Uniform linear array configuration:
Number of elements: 16
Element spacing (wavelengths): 0.75
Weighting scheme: cosine
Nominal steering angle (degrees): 30
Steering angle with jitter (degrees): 31.74
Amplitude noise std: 0.05
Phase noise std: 0.05

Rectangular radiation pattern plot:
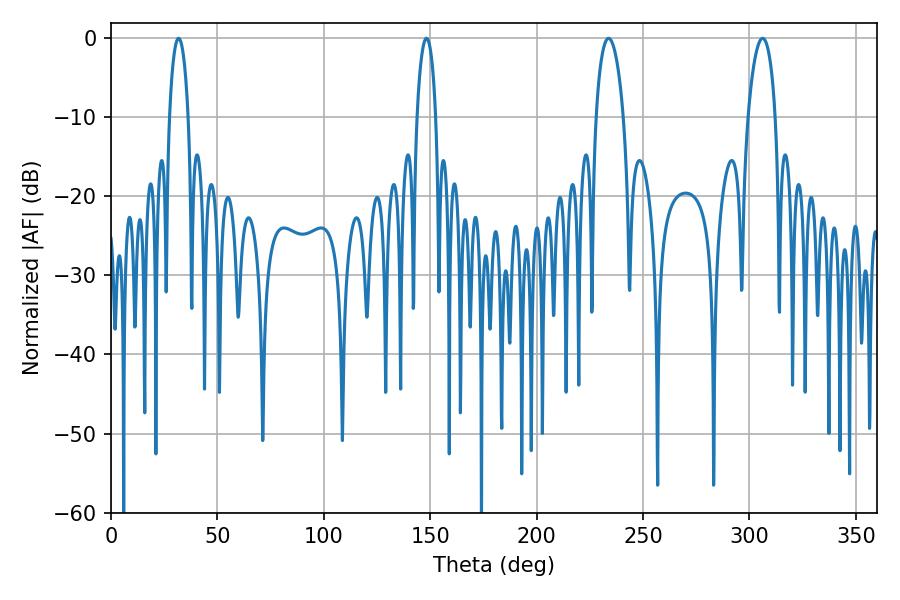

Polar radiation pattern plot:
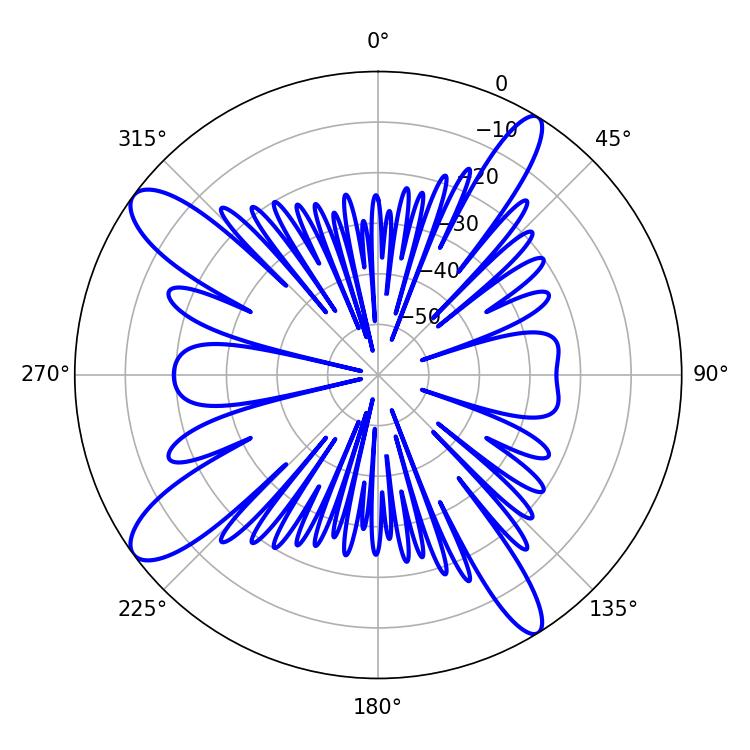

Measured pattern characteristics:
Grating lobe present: TRUE
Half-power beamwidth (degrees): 7.2
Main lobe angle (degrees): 233.82